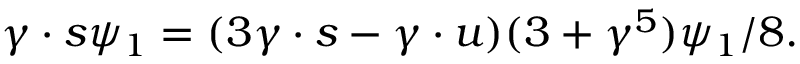
\gamma \cdot s \psi _ { 1 } = ( 3 \gamma \cdot s - \gamma \cdot u ) ( 3 + \gamma ^ { 5 } ) \psi _ { 1 } / 8 .